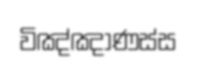
විඤ්ඤාණස්ස